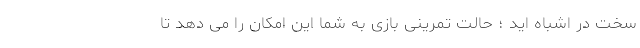
سخت در اشباه اید ؛ حالت تمرینی بازی به شما این امکان را می دهد تا